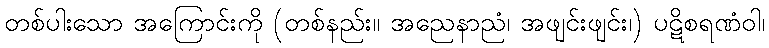
တစ်ပါးသော အကြောင်းကို (တစ်နည်း။ အညေနာညံ၊ အဖျင်းဖျင်း၊) ပဋိစရဏံဝါ၊